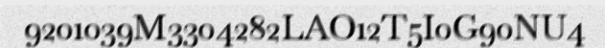
9201039M3304282LAO12T5I0G90NU4